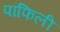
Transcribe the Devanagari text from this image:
पांफिली